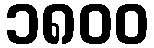
၁၈၀၀